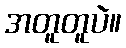
အတူတူပဲ။